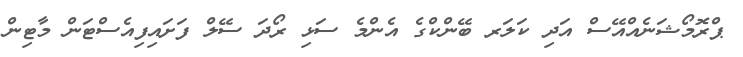
ޕްރޮމޯޝަނެއްއޭސް އަދި ކަލަރ ބޭންކްގެ އެންމެ ސަޅި ރޯދަ ސޭލް ފަށައިފިއެސްޓަން މާޓިން